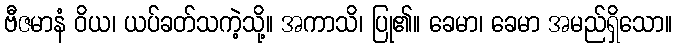
ဗီဇမာနံ ဝိယ၊ ယပ်ခတ်သကဲ့သို့။ အကာသိ၊ ပြု၏။ ခေမာ၊ ခေမာ အမည်ရှိသော။